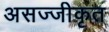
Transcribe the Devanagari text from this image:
असज्जीकृत